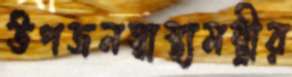
উপজনস্বাস্থ্যমন্ত্রীর